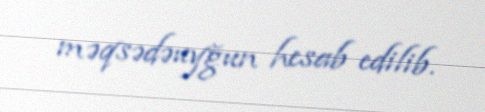
məqsədəuyğun hesab edilib.